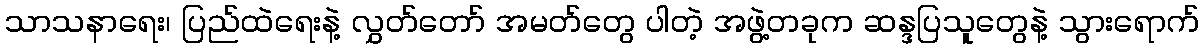
သာသနာရေး၊ ပြည်ထဲရေးနဲ့ လွှတ်တော် အမတ်တွေ ပါတဲ့ အဖွဲ့တခုက ဆန္ဒပြသူတွေနဲ့ သွားရောက်